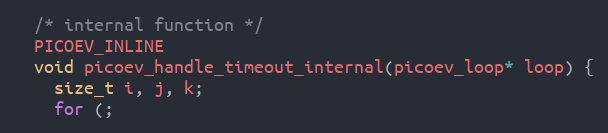
Language: C
  /* internal function */
  PICOEV_INLINE
  void picoev_handle_timeout_internal(picoev_loop* loop) {
    size_t i, j, k;
    for (;